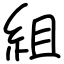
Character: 組